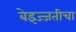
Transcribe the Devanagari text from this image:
बेइज्जतीचा